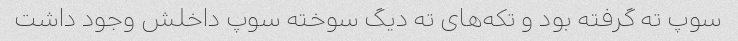
سوپ ته گرفته بود و تکه‌های ته دیگ سوخته سوپ داخلش وجود داشت